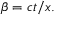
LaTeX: \beta = c t / x .